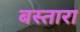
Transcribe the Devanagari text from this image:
बस्तारा